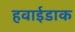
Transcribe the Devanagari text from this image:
हवाईडाक